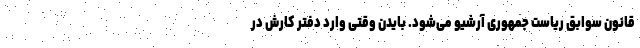
قانون سوابق ریاست جمهوری آرشیو می‌شود. بایدن وقتی وارد دفتر کارش در